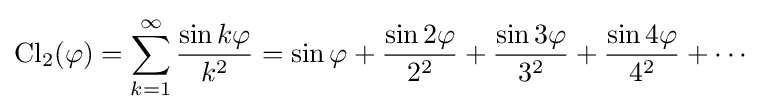
\operatorname {Cl} _{2}(\varphi )=\sum _{k=1}^{\infty }{\frac {\sin k\varphi }{k^{2}}}=\sin \varphi +{\frac {\sin 2\varphi }{2^{2}}}+{\frac {\sin 3\varphi }{3^{2}}}+{\frac {\sin 4\varphi }{4^{2}}}+\cdots